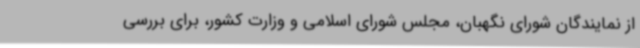
از نمایندگان شورای نگهبان، مجلس شورای اسلامی و وزارت کشور، برای بررسی